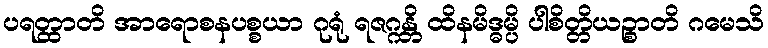
ပရတ္ထာတိ အာရောစနပစ္စယာ ဂုရုံ ရဇဂ္ဂန္တိ ထိနမိဒ္ဓမ္ပိ ပါစိတ္တိယဉ္စာတိ ဂမေသိ